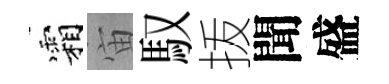
霜宙馭㧞聞盛